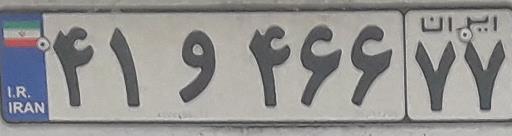
۴۱و۴۶۶۷۷